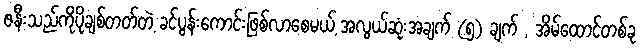
ဇနီးသည်ကိုပိုချစ်တတ်တဲ့ ခင်ပွန်းကောင်းဖြစ်လာစေမယ့် အလွယ်ဆုံးအချက် (၅) ချက် , အိမ်ထောင်တစ်ခု